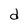
Character: d